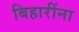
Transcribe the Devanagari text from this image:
बिहारींना